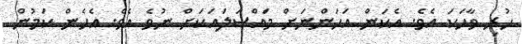
ހުރި ވާހަކަ އެވެ. އެކަން އަހަންނަށް މައްސަލައަކަށް ނުވެ އެވެ. އެހެން ކަމުން